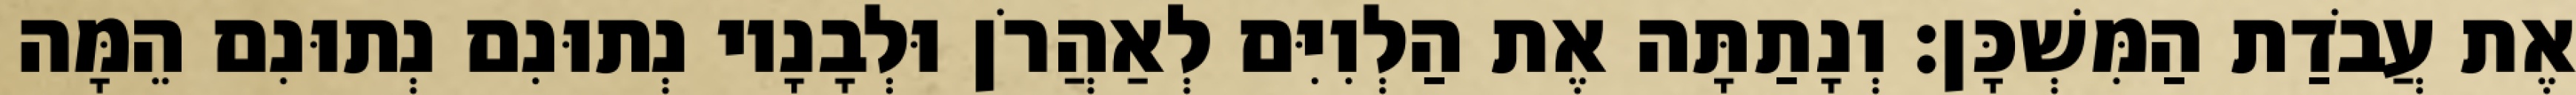
אֶת עֲבֹדַת הַמִּשְׁכָּן׃ וְנָתַתָּה אֶת הַלְוִיִּם לְאַהֲרֹן וּלְבָנָיו נְתוּנִם נְתוּנִם הֵמָּה